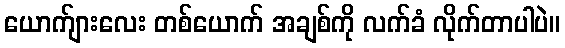
ယောက်ျားလေး တစ်ယောက် အချစ်ကို လက်ခံ လိုက်တာပါပဲ။